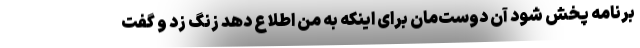
برنامه پخش شود آن دوست‌مان برای اینکه به من اطلاع دهد زنگ زد و گفت